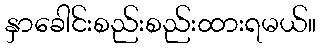
နှာခေါင်းစည်းစည်းထားရမယ်။